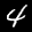
Label: 4